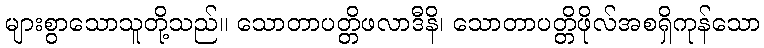
များစွာသောသူတို့သည်။ သောတာပတ္တိဖလာဒီနိ၊ သောတာပတ္တိဖိုလ်အစရှိကုန်သော